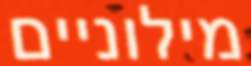
מילוניים